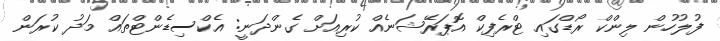
ފުލުހުން ލިންކް ރޯޑްގައި ޓްރެފިކް އޮޕަރޭޝަނެއް ކުރިއަށް ގެންދަނީ: އެކްސިޑެންޓްތައް މަދު ކުރަން